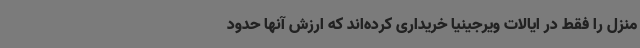
منزل را فقط در ایالات ویرجینیا خریداری کرده‌اند که ارزش آنها حدود